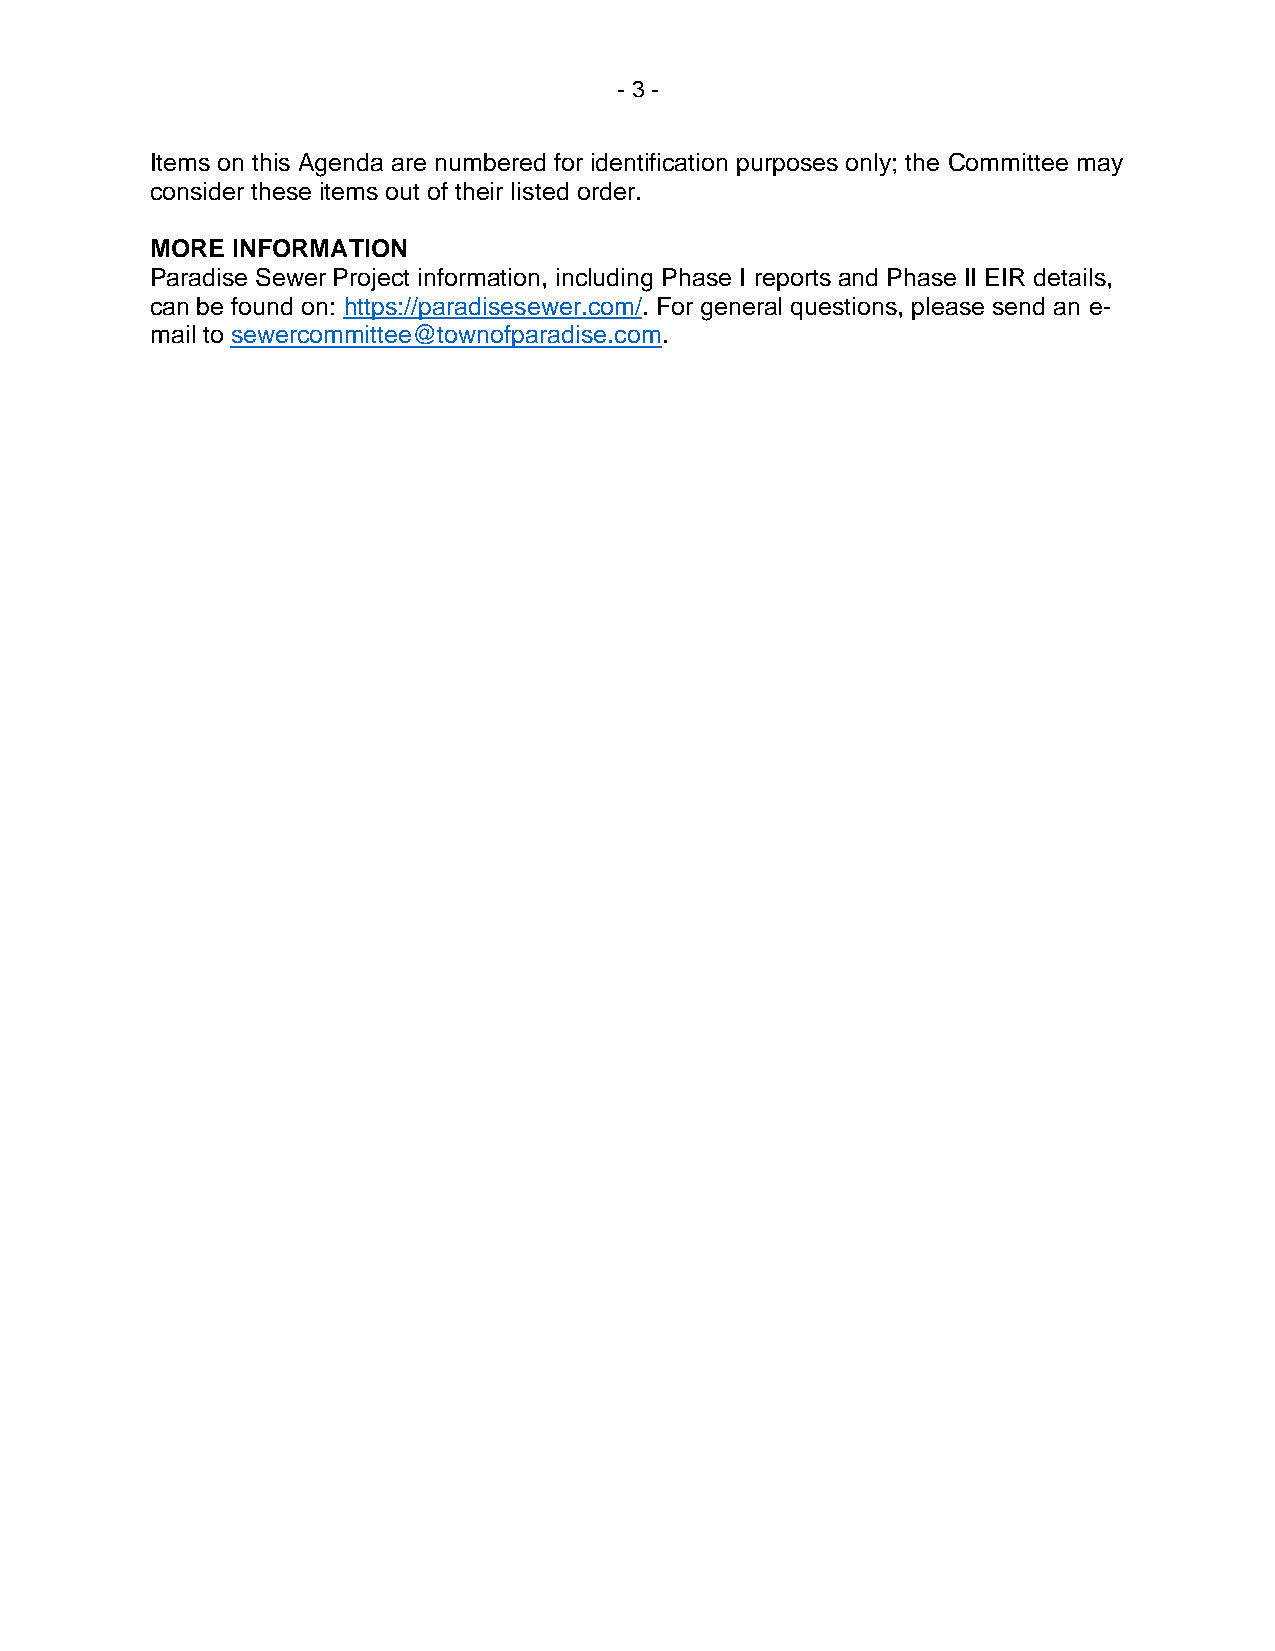
- 3 -
 Items on this Agenda are numbered for identification purposes only; the Committee may
 consider these items out of their listed order.
 MORE INFORMATION
 Paradise Sewer Project information, including Phase I reports and Phase II EIR details,
 can be found on: https://paradisesewer.com/. For general questions, please send an e-
 mail to sewercommittee@townofparadise.com.